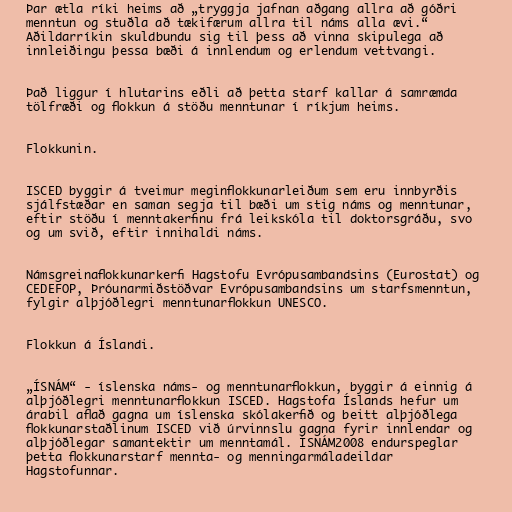
Þar ætla ríki heims að „tryggja jafnan aðgang allra að góðri
menntun og stuðla að tækifærum allra til náms alla ævi.“
Aðildarríkin skuldbundu sig til þess að vinna skipulega að
innleiðingu þessa bæði á innlendum og erlendum vettvangi.

Það liggur í hlutarins eðli að þetta starf kallar á samræmda
tölfræði og flokkun á stöðu menntunar í ríkjum heims.

Flokkunin.

ISCED byggir á tveimur meginflokkunarleiðum sem eru innbyrðis
sjálfstæðar en saman segja til bæði um stig náms og menntunar,
eftir stöðu í menntakerfinu frá leikskóla til doktorsgráðu, svo
og um svið, eftir innihaldi náms.

Námsgreinaflokkunarkerfi Hagstofu Evrópusambandsins (Eurostat) og
CEDEFOP, Þróunarmiðstöðvar Evrópusambandsins um starfsmenntun,
fylgir alþjóðlegri menntunarflokkun UNESCO.

Flokkun á Íslandi.

„ÍSNÁM“ - íslenska náms- og menntunarflokkun, byggir á einnig á
alþjóðlegri menntunarflokkun ISCED. Hagstofa Íslands hefur um
árabil aflað gagna um íslenska skólakerfið og beitt alþjóðlega
flokkunarstaðlinum ISCED við úrvinnslu gagna fyrir innlendar og
alþjóðlegar samantektir um menntamál. ÍSNÁM2008 endurspeglar
þetta flokkunarstarf mennta- og menningarmáladeildar
Hagstofunnar.